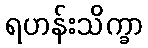
ရဟန်းသိက္ခာ